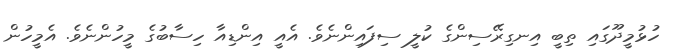
ހުޅުމީދޫގައި ތިބީ އިނގިރޭސިންގެ ކުލީ ސިފައިންނެވެ. އެއީ އިންޑިއާ ހިސާބުގެ މީހުންނެވެ. އެމީހުން